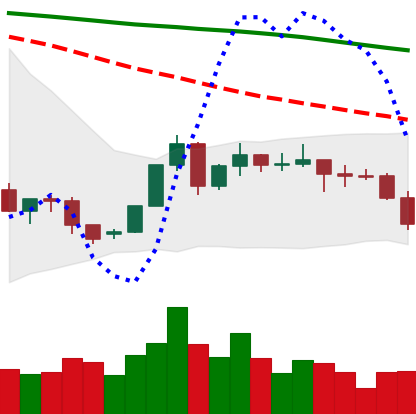
Ticker: XLM-USD
Chart end date: 2022-06-11
Forward return: -12.987%
Label: down_7plus